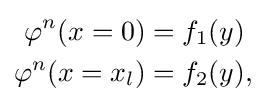
{\begin{aligned}\varphi ^{n}(x=0)&=f_{1}(y)\\\varphi ^{n}(x=x_{l})&=f_{2}(y),\end{aligned}}